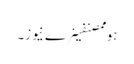
ہوممصنفینرے نیوز۔